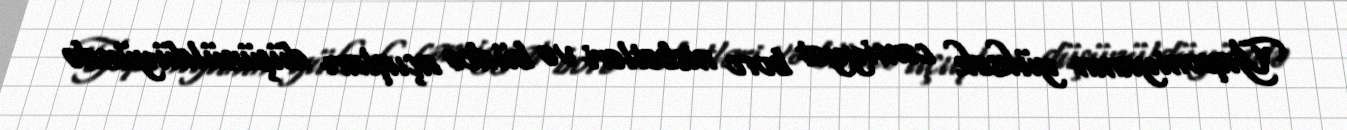
Yaponiyanın yüksək cəmiyyət borc nisbətləri və büdcə açıqları düşünüldüyündə